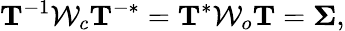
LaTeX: \mathbf{T}^{-1}\mathcal{W}_{c}\mathbf{T}^{-*}=\mathbf{T}^{*}\mathcal{W}_{o}\mathbf{T}=\boldsymbol{\Sigma},